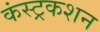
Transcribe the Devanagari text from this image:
कंस्ट्रकशन